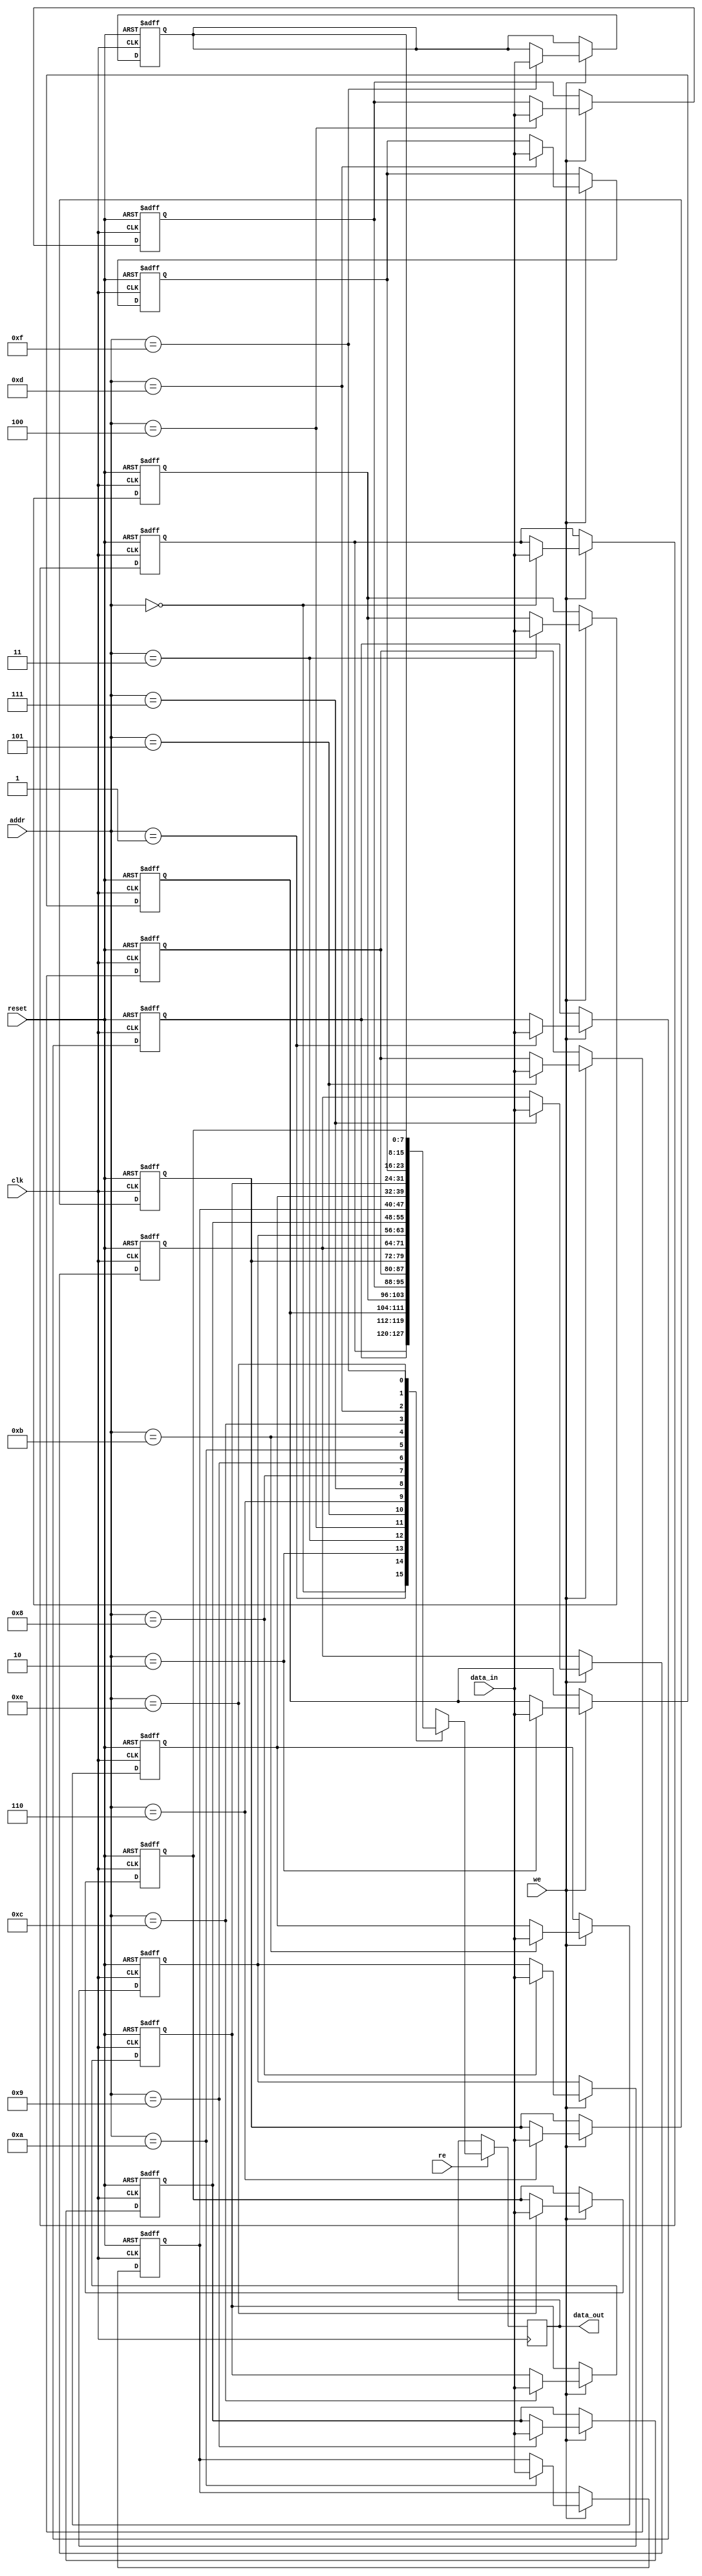
module ScratchpadMemory #(
    parameter DATA_WIDTH = 8,     // Width of each data word (in bits)
    parameter ADDR_WIDTH = 4,     // Width of address (number of memory locations)
    parameter MEM_SIZE = 1 << ADDR_WIDTH // Total memory size (2^ADDR_WIDTH)
)(
    input wire clk,                // Clock signal
    input wire reset,              // Asynchronous reset signal
    input wire [ADDR_WIDTH-1:0] addr, // Address input
    input wire [DATA_WIDTH-1:0] data_in, // Data input for write operations
    input wire we,                 // Write enable signal
    input wire re,                 // Read enable signal
    output reg [DATA_WIDTH-1:0] data_out // Data output for read operations
);

    // Memory array declaration
    reg [DATA_WIDTH-1:0] memory [0:MEM_SIZE-1];

    // Asynchronous reset logic
    integer i;
    always @(posedge clk or posedge reset) begin
        if (reset) begin
            // Initialize memory to zero
            for (i = 0; i < MEM_SIZE; i = i + 1) begin
                memory[i] <= {DATA_WIDTH{1'b0}};
            end
        end
        else begin
            // Write operation
            if (we) begin
                memory[addr] <= data_in;
            end
        end
    end

    // Read operation
    always @(posedge clk) begin
        if (re) begin
            data_out <= memory[addr];
        end
    end

endmodule